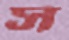
স